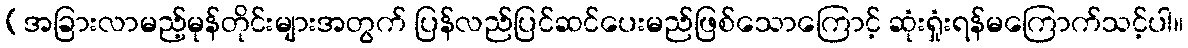
[အခြားလာမည့်မုန်တိုင်းများအတွက် ပြန်လည်ပြင်ဆင်ပေးမည်ဖြစ်သောကြောင့် ဆုံးရှုံးရန်မကြောက်သင့်ပါ။